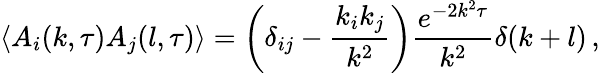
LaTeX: \langle A_{i}(k,\tau)A_{j}(l,\tau)\rangle=\left(\delta_{ij}-\frac{k_{i}k_{j}}{k^{2}}\right)\frac{e^{-2k^{2}\tau}}{k^{2}}\delta(k+l)\, ,